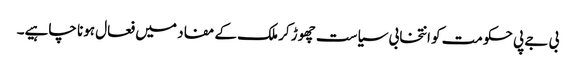
بی جے پی حکومت کو انتخابی سیاست چھوڑ کر ملک کے مفاد میں فعال ہونا چاہیے۔